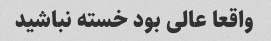
واقعا عالی بود خسته نباشید